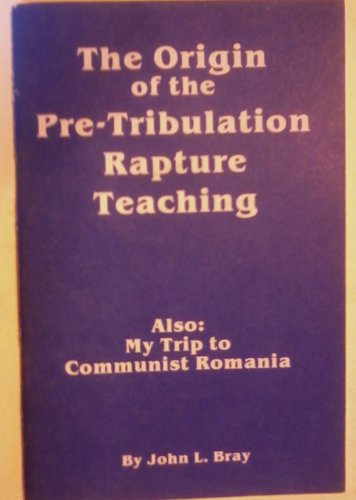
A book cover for The origin of the pre-tribulation rapture teaching: Also: my trip to communist Romania; John L Bray; Travel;